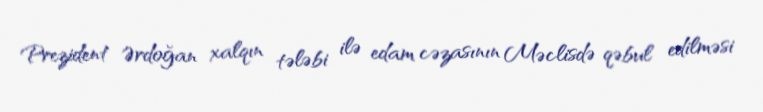
Prezident Ərdoğan xalqın tələbi ilə edam cəzasının Məclisdə qəbul edilməsi